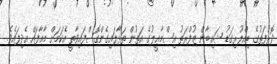
ދޮރުފަތުގެ ބިއްލޫރިގަޑު ޝައިބާން ޒުފްރަތު އިސްމާޢީލުގެ އަތުން ތަޅާލައިގެންގޮސްފައިވާތީ އެކަމަށް މާޢާފައް އެދިފައެވެ.